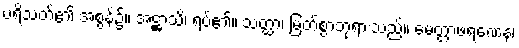
ပရိသတ်၏ အစွန်၌။ အဋ္ဌာသိ၊ ရပ်၏။ သတ္ထာ၊ မြတ်စွာဘုရားသည်။ မေတ္တာဖရဏေန၊